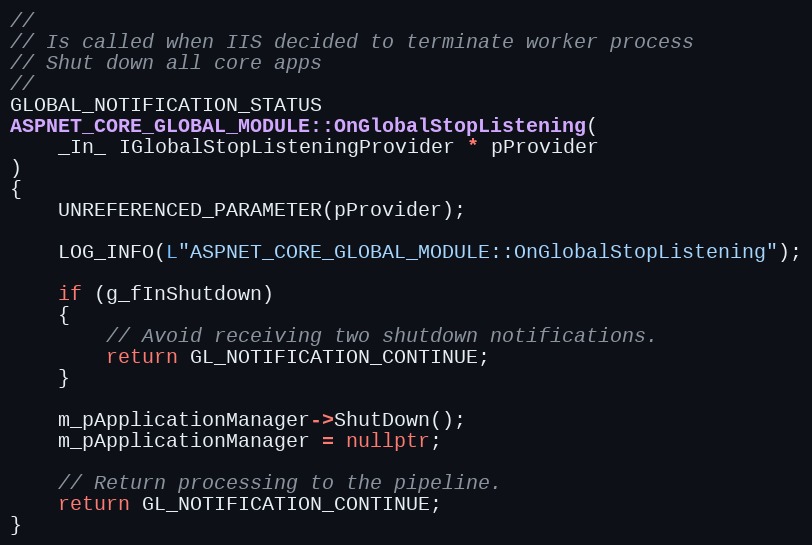
Language: C++
//
// Is called when IIS decided to terminate worker process
// Shut down all core apps
//
GLOBAL_NOTIFICATION_STATUS
ASPNET_CORE_GLOBAL_MODULE::OnGlobalStopListening(
    _In_ IGlobalStopListeningProvider * pProvider
)
{
    UNREFERENCED_PARAMETER(pProvider);

    LOG_INFO(L"ASPNET_CORE_GLOBAL_MODULE::OnGlobalStopListening");

    if (g_fInShutdown)
    {
        // Avoid receiving two shutdown notifications.
        return GL_NOTIFICATION_CONTINUE;
    }

    m_pApplicationManager->ShutDown();
    m_pApplicationManager = nullptr;

    // Return processing to the pipeline.
    return GL_NOTIFICATION_CONTINUE;
}